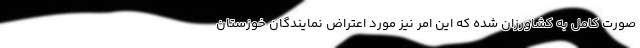
صورت کامل به کشاورزان شده که این امر نیز مورد اعتراض نمایندگان خوزستان